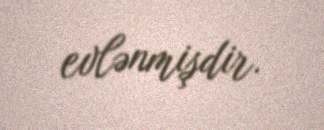
evlənmişdir.